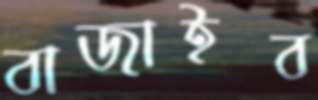
বাজাইব